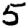
Digit: 5